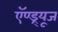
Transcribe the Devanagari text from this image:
ऍण्ड्र्यूज